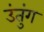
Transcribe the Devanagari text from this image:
उंतुंग